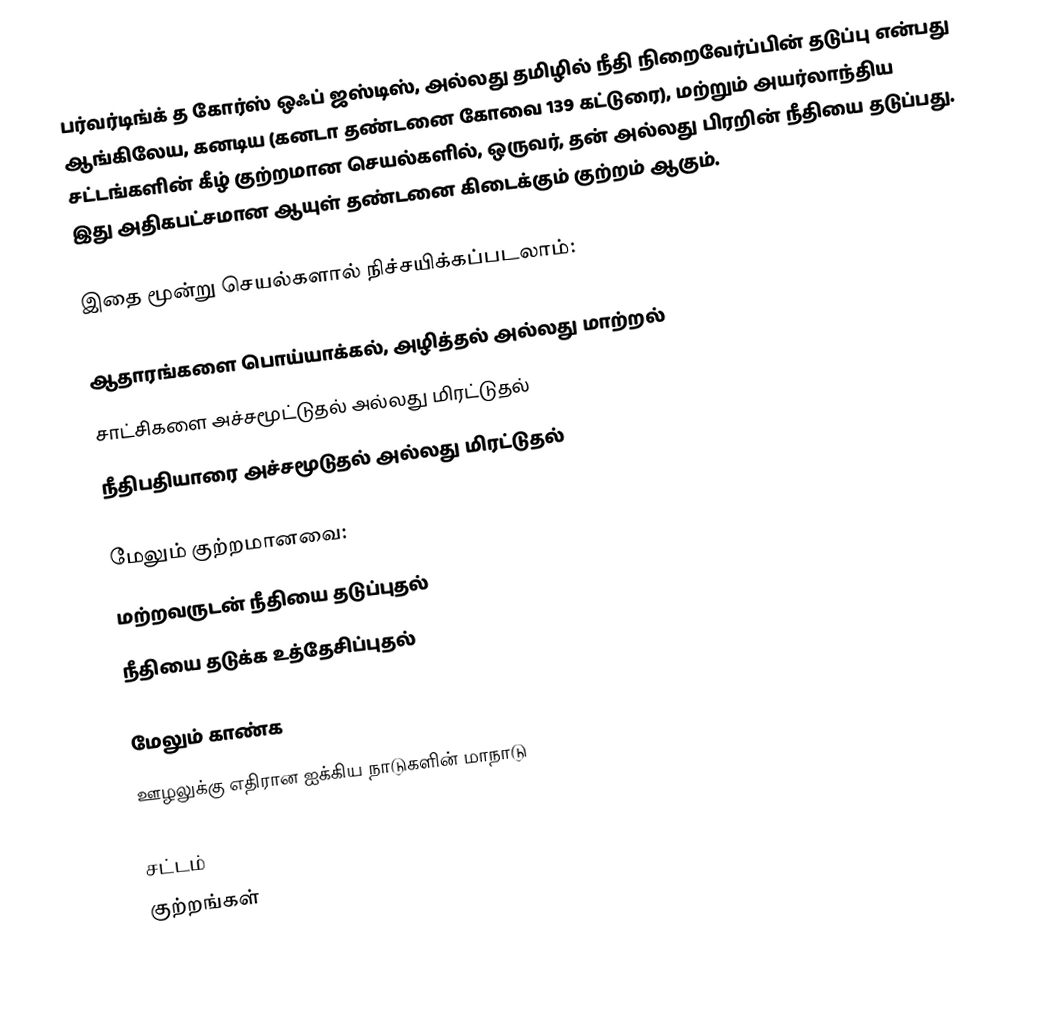
பர்வர்டிங்க் த கோர்ஸ் ஒஃப் ஜஸ்டிஸ், அல்லது தமிழில் நீதி நிறைவேர்ப்பின் தடுப்பு என்பது ஆங்கிலேய, கனடிய (கனடா தண்டனை கோவை 139 கட்டுரை), மற்றும் அயர்லாந்திய சட்டங்களின் கீழ் குற்றமான செயல்களில், ஒருவர், தன் அல்லது பிரறின் நீதியை தடுப்பது. இது அதிகபட்சமான ஆயுள் தண்டனை கிடைக்கும் குற்றம் ஆகும்.

இதை மூன்று செயல்களால் நிச்சயிக்கப்படலாம்:

 ஆதாரங்களை பொய்யாக்கல், அழித்தல் அல்லது மாற்றல்
 சாட்சிகளை அச்சமூட்டுதல் அல்லது மிரட்டுதல்
 நீதிபதியாரை அச்சமூடுதல் அல்லது மிரட்டுதல்

மேலும் குற்றமானவை:
 மற்றவருடன் நீதியை தடுப்புதல்
 நீதியை தடுக்க உத்தேசிப்புதல்

மேலும் காண்க
 ஊழலுக்கு எதிரான ஐக்கிய நாடுகளின் மாநாடு

சட்டம்
குற்றங்கள்